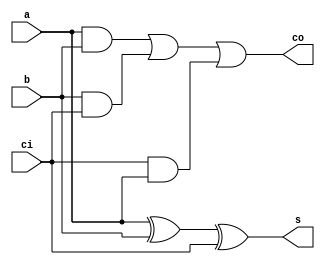
`timescale 1ns / 1ps
//////////////////////////////////////////////////////////////////////////////////
// Company: 
// Engineer: 
// 
// Design Name: 
// Module Name: Fadder
// Project Name: 
// Target Devices: 
// Tool Versions: 
// Description: 
// 
// Dependencies: 
// 
// Revision:
// Revision 0.01 - File Created
// Additional Comments:
// 
//////////////////////////////////////////////////////////////////////////////////


module Fadder(a,b,ci,s,co);
    input a,b,ci;
    output s,co;
    assign s= a^b^ci;
    assign co= a&b | b&ci | ci&a;
endmodule